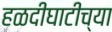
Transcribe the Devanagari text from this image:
हळदीघाटीच्या